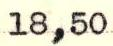
18,50